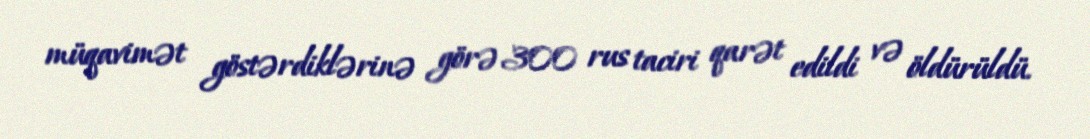
müqavimət göstərdiklərinə görə 300 rus taciri qarət edildi və öldürüldü.